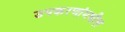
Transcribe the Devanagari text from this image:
उपकरणांमधील